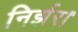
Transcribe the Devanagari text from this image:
निर्झर।